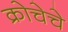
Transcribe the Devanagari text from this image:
क्रोचेचे